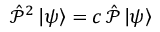
{ \hat { \mathcal { P } } } ^ { 2 } \left| \psi \right\rangle = c \, { \hat { \mathcal { P } } } \left| \psi \right\rangle